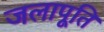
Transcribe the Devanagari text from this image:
जलापूति